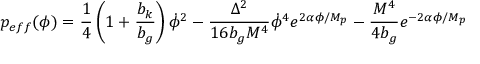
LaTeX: p _ { e f f } ( \phi ) = \frac { 1 } { 4 } \left( 1 + \frac { b _ { k } } { b _ { g } } \right) \dot { \phi } ^ { 2 } - \frac { \Delta ^ { 2 } } { 1 6 b _ { g } M ^ { 4 } } \dot { \phi } ^ { 4 } e ^ { 2 \alpha \phi / M _ { p } } - \frac { M ^ { 4 } } { 4 b _ { g } } e ^ { - 2 \alpha \phi / M _ { p } }